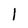
Character: l